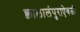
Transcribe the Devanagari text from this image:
क्वालालंपुराऐवजी